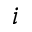
i